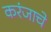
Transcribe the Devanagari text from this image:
करंजाचे